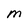
Character: m